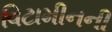
વિટામીનની